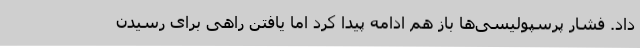
داد. فشار پرسپولیسی‌ها باز هم ادامه پیدا کرد اما یافتن راهی برای رسیدن